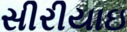
સીરીયાઇ